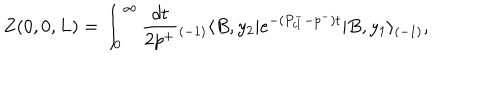
LaTeX: Z ( 0 , 0 , L ) = \int _ { 0 } ^ { \infty } { \frac { d t } { 2 p ^ { + } } } { _ { ( - 1 ) } \langle } B , y _ { 2 } | e ^ { - ( P _ { c l } ^ { - } - p ^ { - } ) t } | B , y _ { 1 } \rangle _ { ( - 1 ) } ,